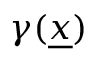
\gamma ( \underline { { x } } )